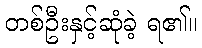
တစ်ဦးနှင့်ဆုံခဲ့ ရ၏။